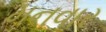
મનવાર